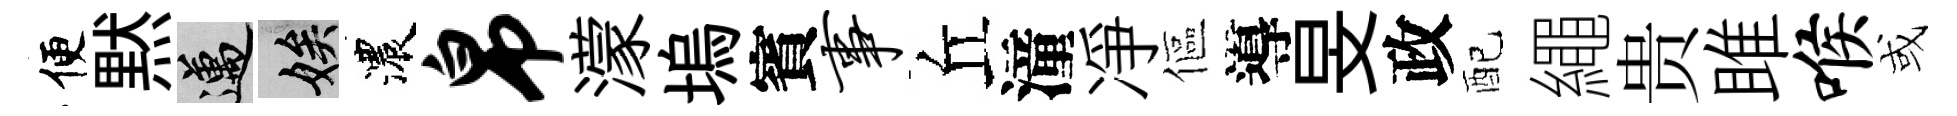
便黙邁娭濃帛濛塢賓事丘潼凈傴導旻政配繩贵雎喉或